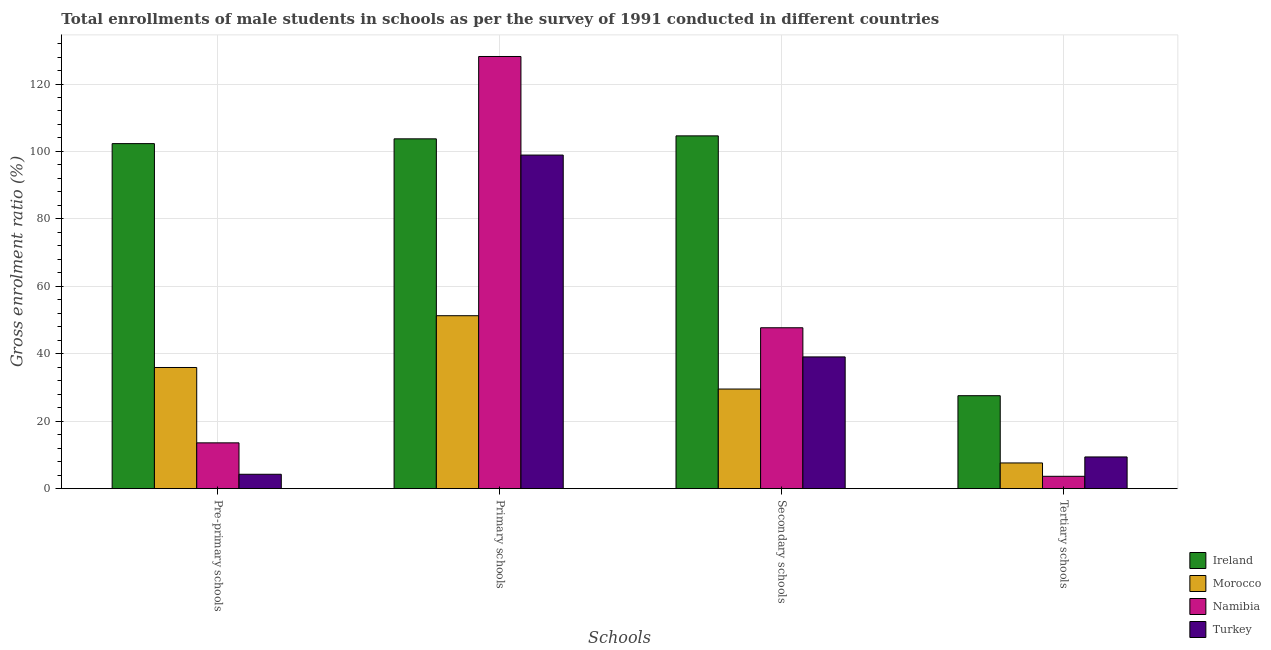
| Schools | Ireland | Morocco | Namibia | Turkey |
 | --- | --- | --- | --- | --- |
 | Pre-primary schools | 102 | 35.9 | 13.6 | 4.27 |
 | Primary schools | 104 | 51.3 | 128 | 98.9 |
 | Secondary schools | 105 | 29.5 | 47.7 | 39.1 |
 | Tertiary schools | 27.6 | 7.63 | 3.67 | 9.41 |